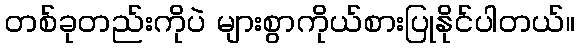
တစ်ခုတည်းကိုပဲ များစွာကိုယ်စားပြုနိုင်ပါတယ်။